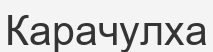
Карачулха